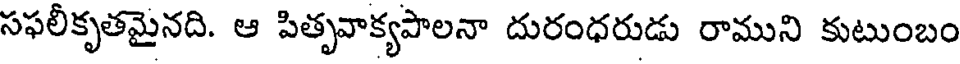
సఫలీకృతమైనది. ఆ పితృవాక్యపాలనా దురంధరుడు రాముని కుటుంబం